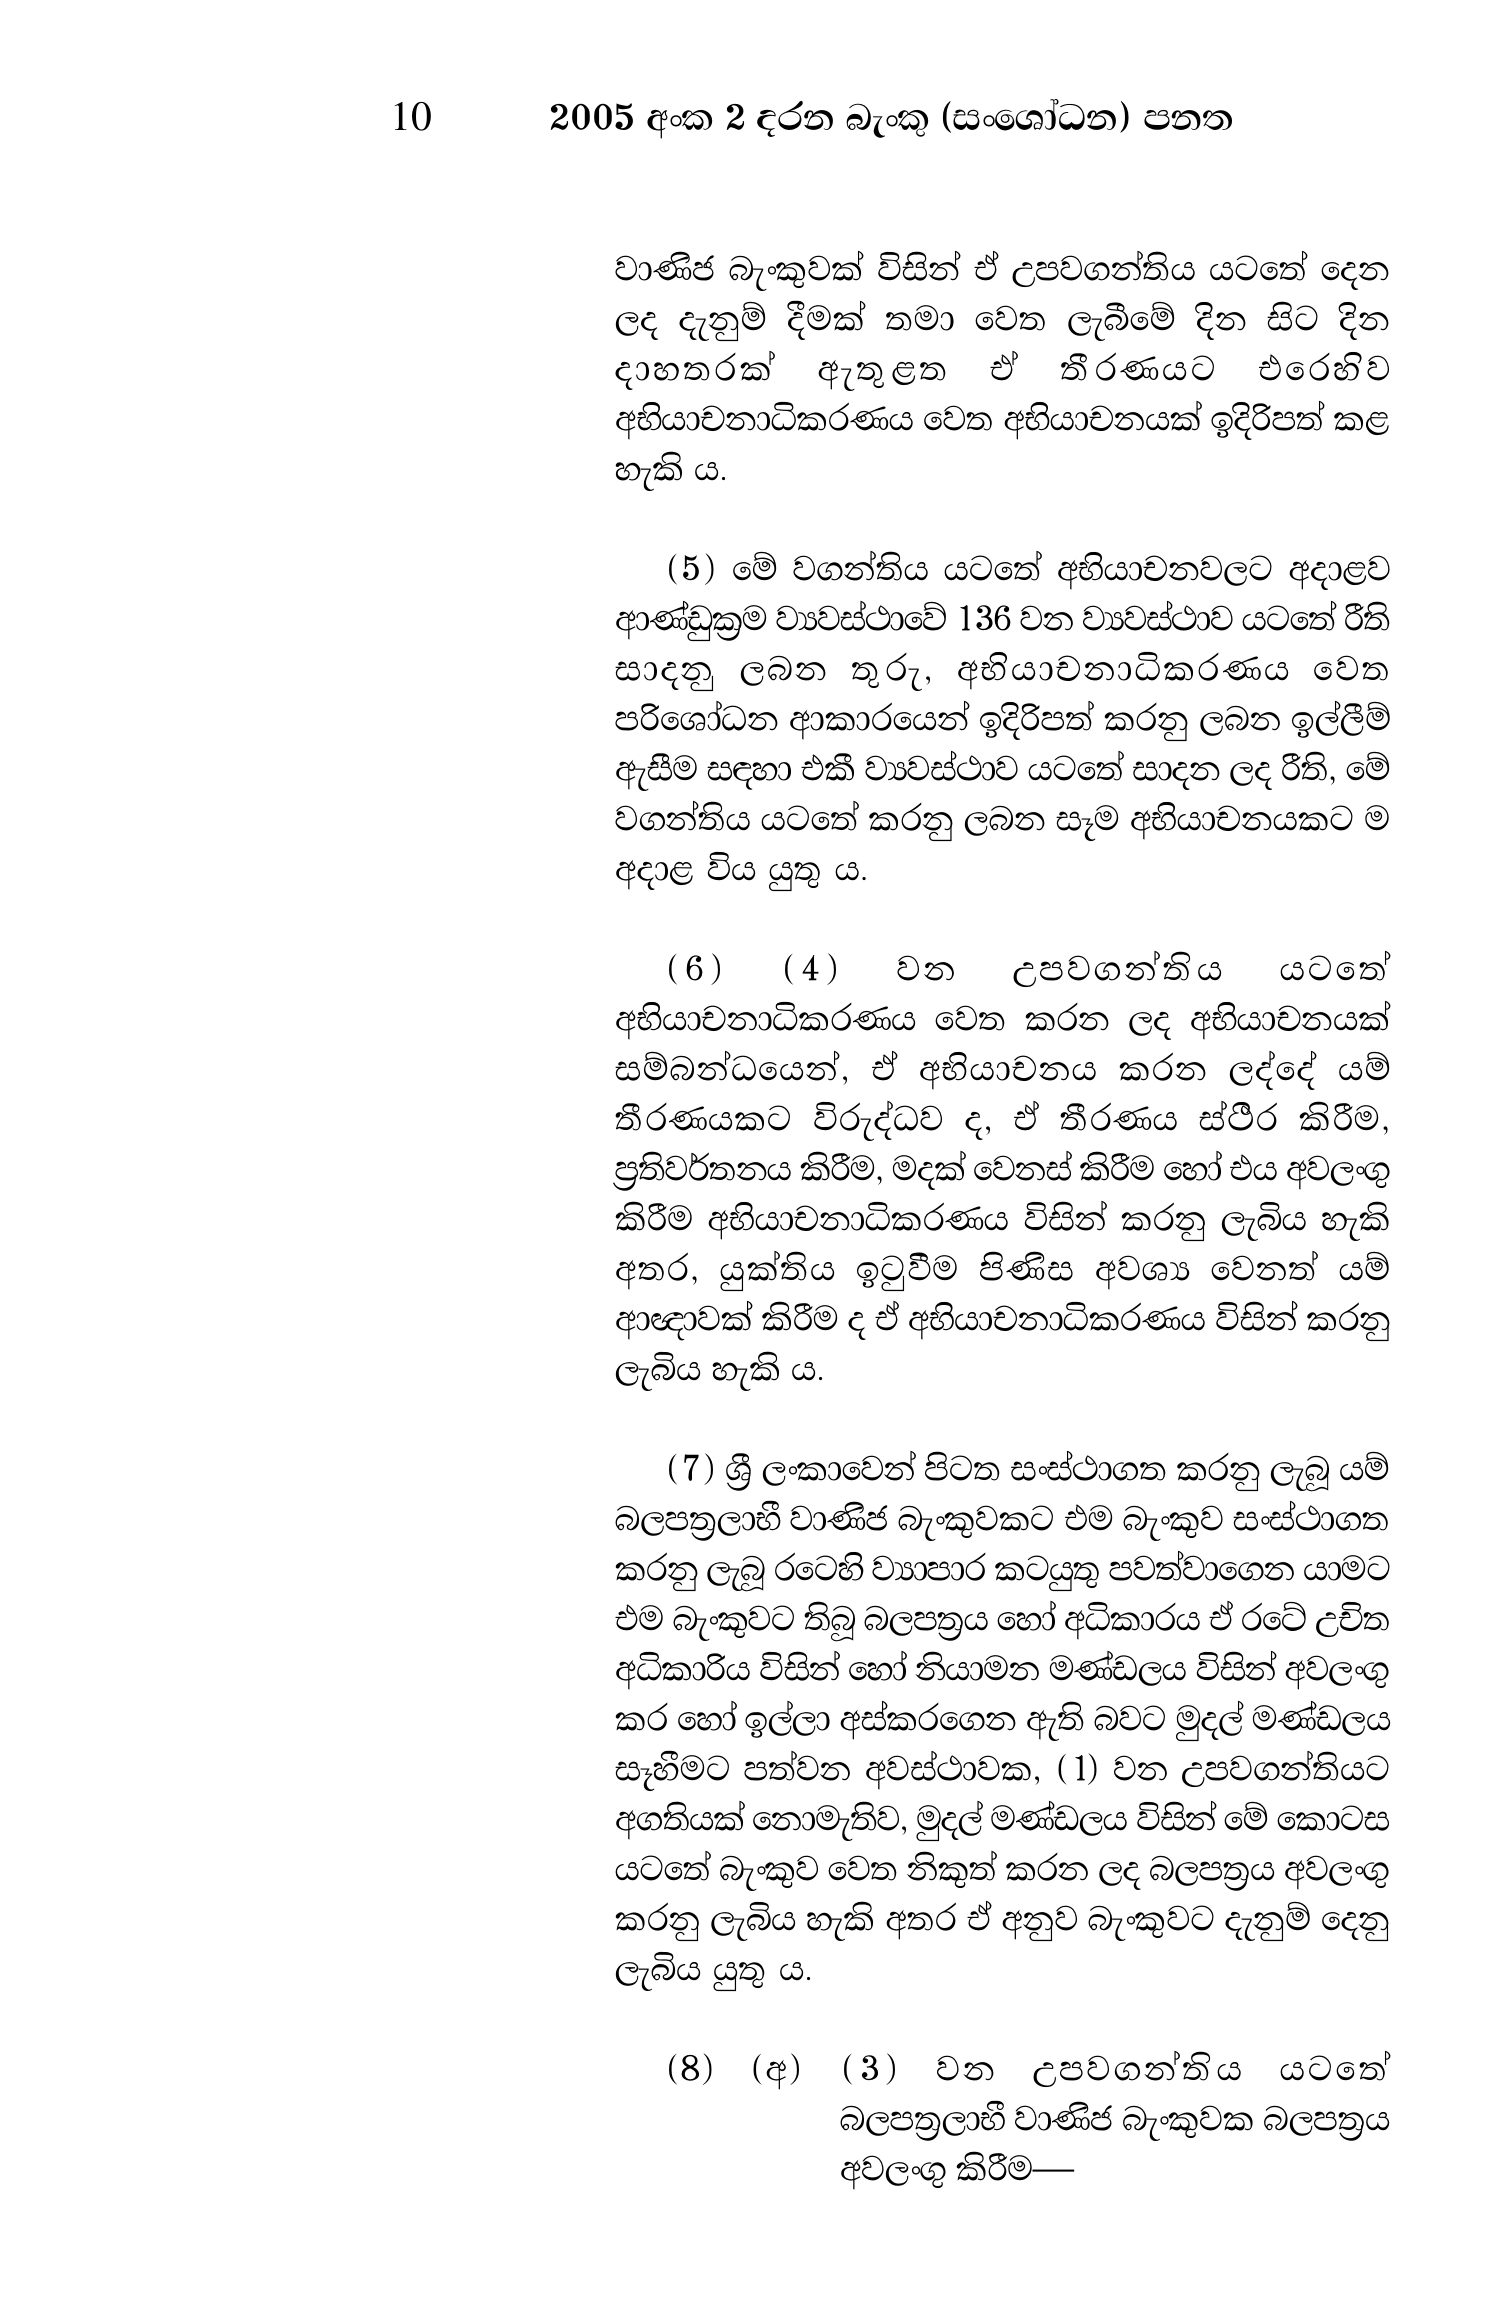
10 2005 අංක 2 දරන බැංකු (සංශෝධන) පනත

වාණිජ බැංකුවක් විසින් ඒ උපවගන්තිය යටතේ දෙන
ලද දැනුම් දීමක් තමා වෙත ලැබීමේ දින සිට දින
දාහතරක් ඇතුළත එ තීරණයට එරෙහිව
අභියාචනාධිකරණය වෙත අභියාචනයක් ඉදිරිපත් කළ
හැකි ය.

(5) මේ වගන්තිය යටතේ අභියාචනවලට අදාළව
ආණ්ඩුක්‍රම ව්‍යවස්ථාවේ 136 වන ව්‍යවස්ථාව යටතේ රීති
සාදනු ලබන තුරු, අභියාචනාධිකරණය වෙත
පරිශෝධන ආකාරයෙන් ඉදිරිපත් කරනු ලබන ඉල්ලීම්
ඇසීම සඳහා එකී ව්‍යවස්ථාව යටතේ සාදන ලද රීති, මේ
වගන්තිය යටතේ කරනු ලබන සෑම අභියාචනයකට ම
අදාළ විය යුතු ය.

(6) (4) වන උපවගන්තිය යටතේ
අභියාචනාධිකරණය වෙත කරන ලද අභියාචනයක්
සම්බන්ධයෙන්, ඒ අභියාචනය කරන ලද්දේ යම්
තීරණයකට විරුද්ධව ද, ඒ තීරණය ස්ථිර කිරීම,
ප්‍රතිවර්තනය කිරීම, මදක් වෙනස් කිරීම හෝ එය අවලංගු
කිරීම අභියාචනාධිකරණය විසින් කරනු ලැබිය හැකි
අතර, යුක්තිය ඉටුවීම පිණිස අවශ්‍ය වෙනත් යම්
ආඥාවක් කිරීම ද ඒ අභියාචනාධිකරණය විසින් කරනු
ලැබිය හැකි ය.

(7) ශ්‍රී ලංකාවෙන් පිටත සංස්ථාගත කරනු ලැබූ යම්
බලපත්‍රලාභී වාණිජ බැංකුවකට එම බැංකුව සංස්ථාගත
කරනු ලැබූ රටෙහි ව්‍යාපාර කටයුතු පවත්වාගෙන යාමට
එම බැංකුවට තිබූ බලපත්‍රය හෝ අධිකාරය ඒ රටේ උචිත
අධිකාරිය විසින් හෝ නියාමන මණ්ඩලය විසින් අවලංගු
කර හෝ ඉල්ලා අස්කරගෙන ඇති බවට මුදල් මණ්ඩලය
සෑහීමට පත්වන අවස්ථාවක, (1) වන උපවගන්තියට
අගතියක් නොමැතිව, මුදල් මණ්ඩලය විසින් මේ කොටස
යටතේ බැංකුව වෙත නිකුත් කරන ලද බලපත්‍රය අවලංගු
කරනු ලැබිය හැකි අතර ඒ අනුව බැංකුවට දැනුම් දෙනු
ලැබිය යුතු ය.

(8) (අ) (3) වන උපවගන්තිය යටතේ
බලපත්‍රලාභී වාණිජ බැංකුවක බලපත්‍රය
අවලංගු කිරීම—